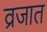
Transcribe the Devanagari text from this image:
व्रजात